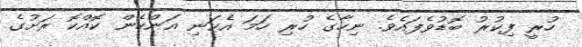
ހުރީ ފިކުރު ބޮޑުވެފައެވެ. ނިހާގެ ހުރި ހަމަ އެކަނި އަންހެން ކޮއްކޮ ރަށުގެ